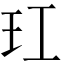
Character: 玒